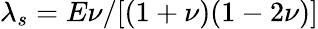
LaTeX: \lambda_{s}=E\nu/[(1+\nu)(1-2\nu)]